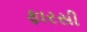
ફારસી